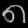
Digit: ၈